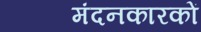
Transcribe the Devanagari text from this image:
मंदनकारकों